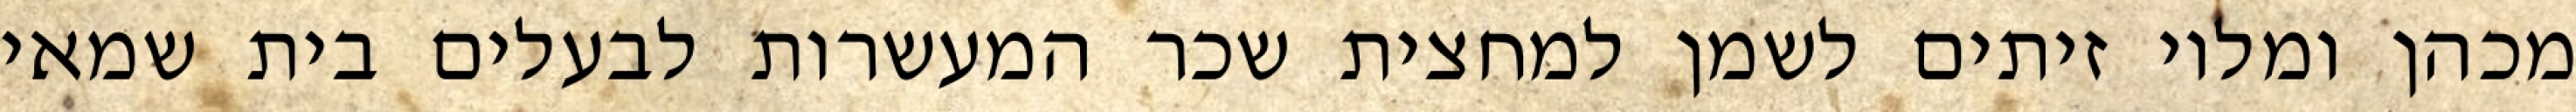
מכהן ומלוי זיתים לשמן למחצית שכר המעשרות לבעלים בית שמאי